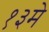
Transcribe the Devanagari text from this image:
१३मे